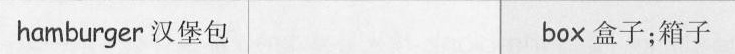
hamburger汉堡包 box盒子;箱子